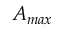
A _ { m a x }